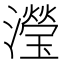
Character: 瀅